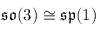
{ \mathfrak { s o } } ( 3 ) \cong { \mathfrak { s p } } ( 1 )